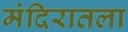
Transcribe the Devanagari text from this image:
मंदिरातला